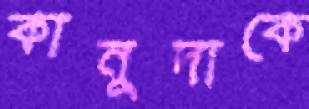
কানুদাকে